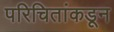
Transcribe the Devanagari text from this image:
परिचितांकडून